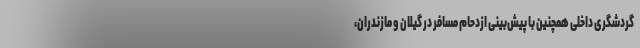
گردشگری داخلی همچنین با پیش‌بینی ازدحام مسافر در گیلان و مازندران،